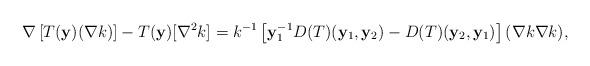
LaTeX: \begin{align*} \nabla \left[ T(\mathbf y)(\nabla k) \right] - T(\mathbf y) [ \nabla^2 k] = k^{-1} \left[ \mathbf y_1^{-1} D(T)(\mathbf y_1, \mathbf y_2) - D(T)(\mathbf y_2, \mathbf y_1) \right] (\nabla k \nabla k), \end{align*}